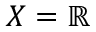
X = \mathbb { R }